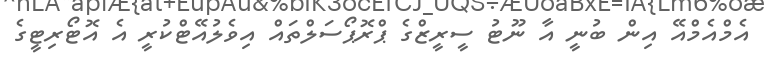
އެމްއެމްއޭ އިން ބުނީ އާ ނޫޓު ސީރީޒްގެ ޕްރޮޕޯސަލްތައް އިވެލުއޭޓްކުރީ އެ އޮޓޯރިޓީގެ